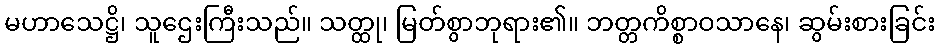
မဟာသေဋ္ဌိ၊ သူဌေးကြီးသည်။ သတ္ထု၊ မြတ်စွာဘုရား၏။ ဘတ္တကိစ္စာဝသာနေ၊ ဆွမ်းစားခြင်း